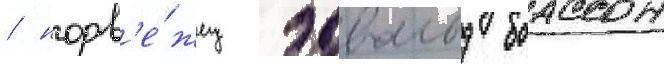
/ норв'е́жец эдвальд боассон